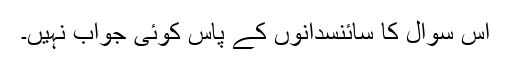
اس سوال کا سائنسدانوں کے پاس کوئی جواب نہیں۔